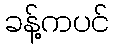
ခန့်ကပင်